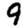
Digit: 9